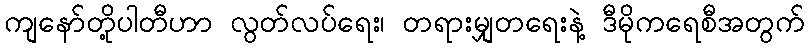
ကျနော်တို့ပါတီဟာ လွတ်လပ်ရေး၊ တရားမျှတရေးနဲ့ ဒီမိုကရေစီအတွက်